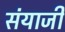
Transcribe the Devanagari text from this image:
संयाजी